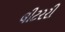
લીટરરી